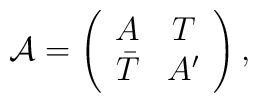
{\mathcal A} = \left(\begin{array}{cc} A & T\\ \bar T &A'\end{array} \right),